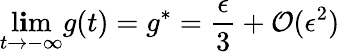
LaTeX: \operatorname*{l\mathbf{i}m}_{t\rightarrow-\infty}g(t)=g^{*}=\frac{{\epsilon}}{{3}}+\mathcal{{O}}(\epsilon^{2})